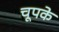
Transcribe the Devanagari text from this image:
चूपके